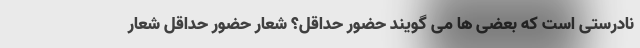
نادرستی است که بعضی ها می گویند حضور حداقل؟ شعار حضور حداقل شعار